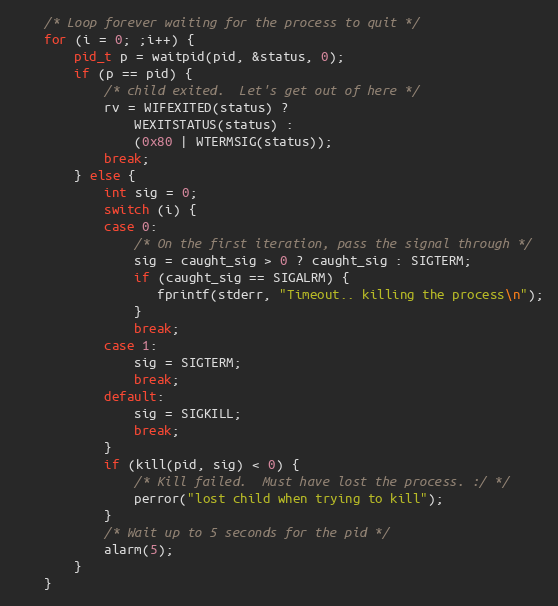
Language: C
    /* Loop forever waiting for the process to quit */
    for (i = 0; ;i++) {
        pid_t p = waitpid(pid, &status, 0);
        if (p == pid) {
            /* child exited.  Let's get out of here */
            rv = WIFEXITED(status) ?
                WEXITSTATUS(status) :
                (0x80 | WTERMSIG(status));
            break;
        } else {
            int sig = 0;
            switch (i) {
            case 0:
                /* On the first iteration, pass the signal through */
                sig = caught_sig > 0 ? caught_sig : SIGTERM;
                if (caught_sig == SIGALRM) {
                   fprintf(stderr, "Timeout.. killing the process\n");
                }
                break;
            case 1:
                sig = SIGTERM;
                break;
            default:
                sig = SIGKILL;
                break;
            }
            if (kill(pid, sig) < 0) {
                /* Kill failed.  Must have lost the process. :/ */
                perror("lost child when trying to kill");
            }
            /* Wait up to 5 seconds for the pid */
            alarm(5);
        }
    }